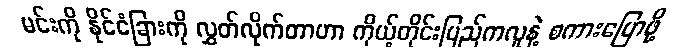
မင်းကို နိုင်ငံခြားကို လွှတ်လိုက်တာဟာ ကိုယ့်တိုင်းပြည်ကလူနဲ့ စကားပြောဖို့